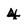
Character: 4